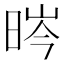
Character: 𣇂